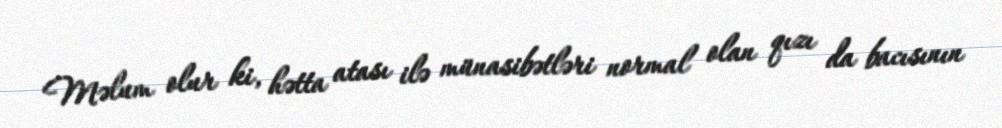
Məlum olur ki, hətta atası ilə münasibətləri normal olan qızı da bacısının